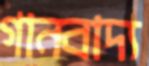
গানবাদ্য